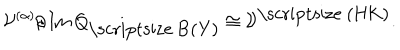
LaTeX: { \cal V } ^ { ( \alpha ) } / \, \mathrm { I m } \, Q _ { \mathrm { \scriptsize ~ B ( Y ) } } \cong { \cal V } ^ { \mathrm { \scriptsize ~ ( H K ) } } .